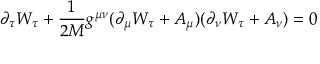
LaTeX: \partial _ { \tau } W _ { \tau } + \frac { 1 } { 2 M } g ^ { \mu \nu } ( \partial _ { \mu } W _ { \tau } + A _ { \mu } ) ( \partial _ { \nu } W _ { \tau } + A _ { \nu } ) = 0